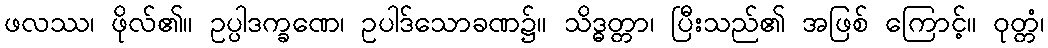
ဖလဿ၊ ဖိုလ်၏။ ဥပ္ပါဒက္ခဏေ၊ ဥပါဒ်သောခဏ၌။ သိဒ္ဓတ္တာ၊ ပြီးသည်၏ အဖြစ် ကြောင့်။ ဝုတ္တံ၊